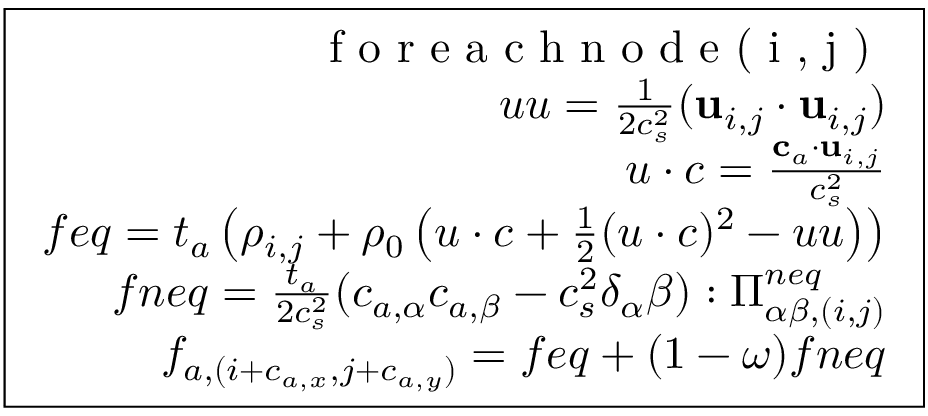
\boxed { \begin{array} { r c l } { \textrm { f o r e a c h n o d e ( i , j ) } } \\ { u u = \frac { 1 } { 2 c _ { s } ^ { 2 } } ( \mathbf { u } _ { i , j } \cdot \mathbf { u } _ { i , j } ) } \\ { u \cdot c = \frac { \mathbf { c } _ { a } \cdot \mathbf { u } _ { i , j } } { c _ { s } ^ { 2 } } } \\ { f e q = t _ { a } \left( \rho _ { i , j } + \rho _ { 0 } \left( u \cdot c + \frac { 1 } { 2 } ( u \cdot c ) ^ { 2 } - u u \right) \right) } \\ { f n e q = \frac { t _ { a } } { 2 c _ { s } ^ { 2 } } ( c _ { a , \alpha } c _ { a , \beta } - c _ { s } ^ { 2 } \delta _ { \alpha } \beta ) : \Pi _ { \alpha \beta , ( i , j ) } ^ { n e q } } \\ { f _ { a , ( i + c _ { a , x } , j + c _ { a , y } ) } = f e q + ( 1 - \omega ) f n e q } \end{array} }